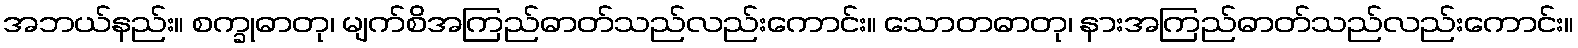
အဘယ်နည်း။ စက္ခုဓာတု၊ မျက်စိအကြည်ဓာတ်သည်လည်းကောင်း။ သောတဓာတု၊ နားအကြည်ဓာတ်သည်လည်းကောင်း။